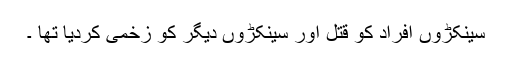
سینکڑوں افراد کو قتل اور سینکڑوں دیگر کو زخمی کردیا تھا ۔